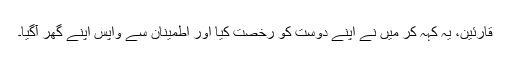
قارئین، یہ کہہ کر میں نے اپنے دوست کو رخصت کیا اور اطمینان سے واپس اپنے گھر آگیا۔